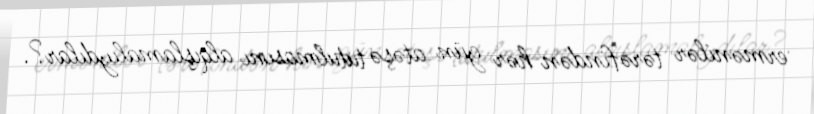
ermənilər tərəfindən hər gün atəşə tutulmasını alqışlamalıydılar?.